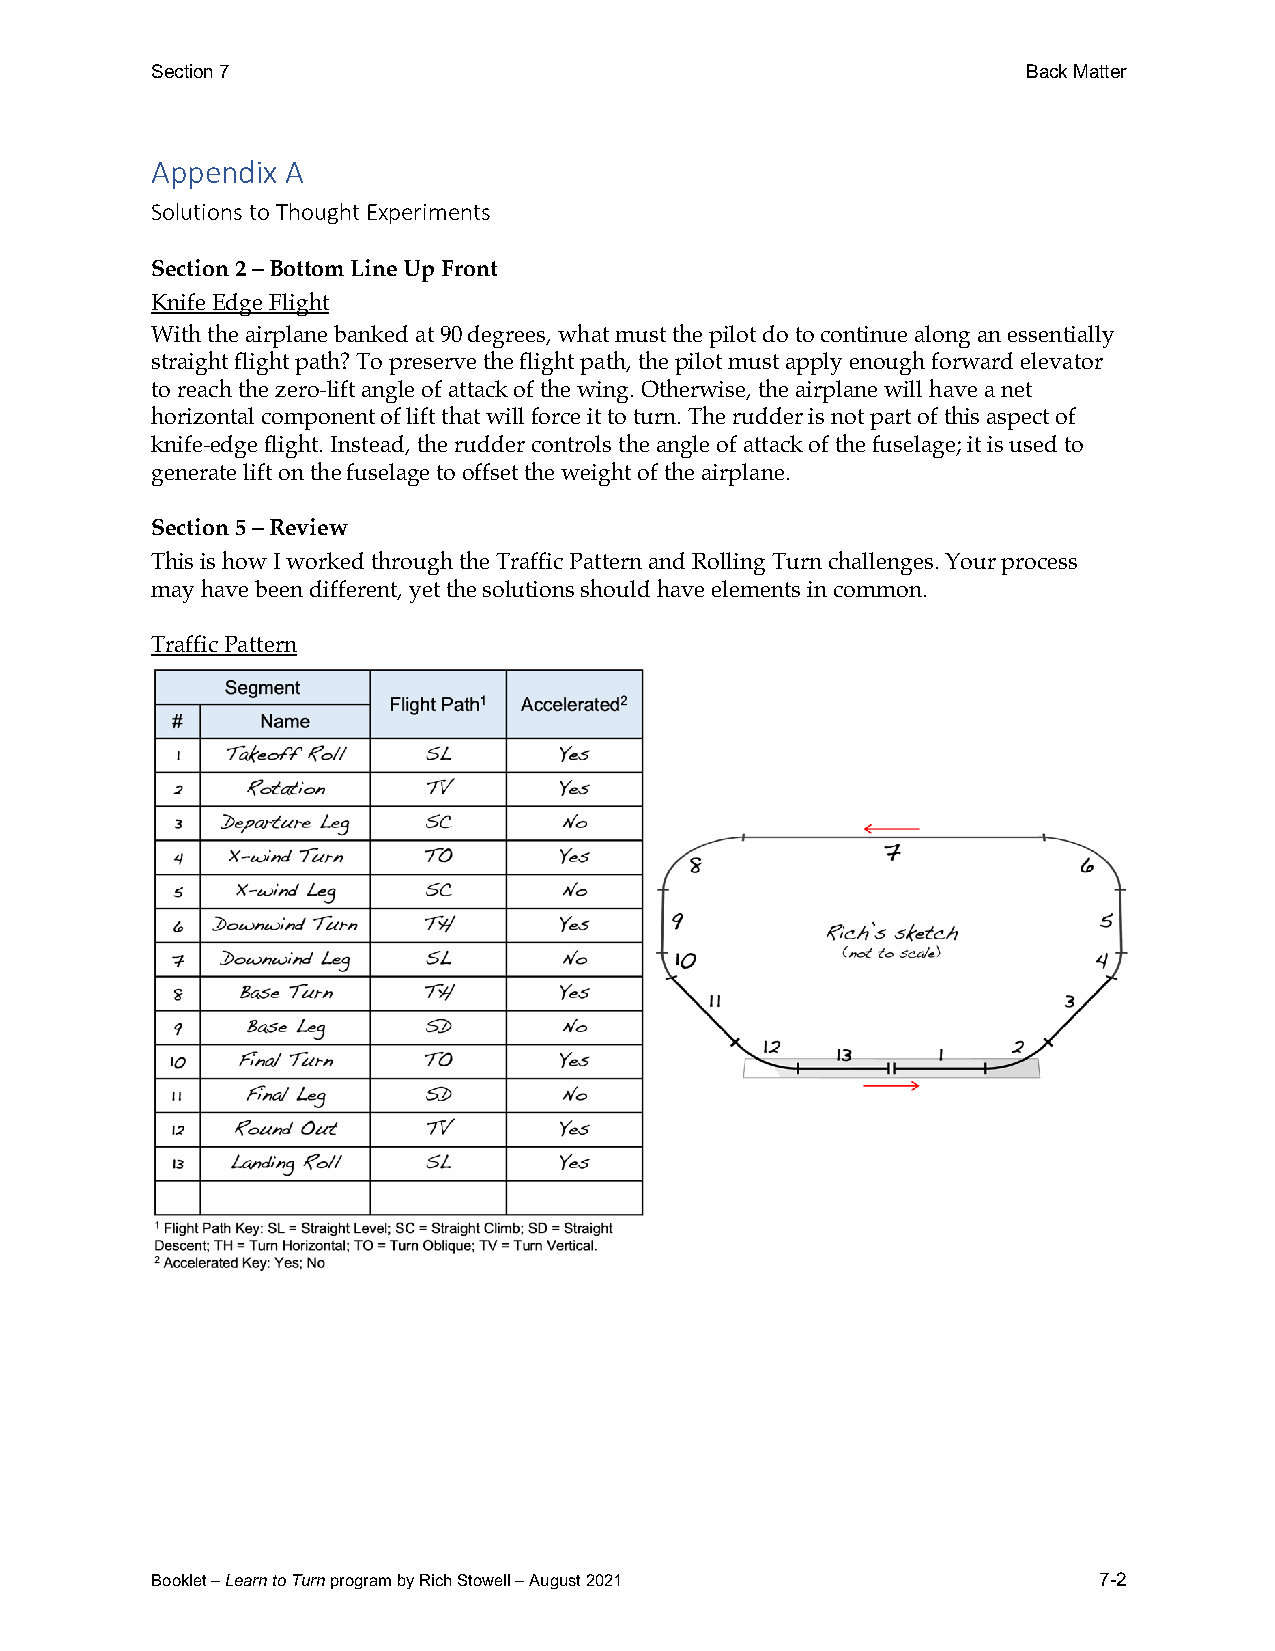
Section 7                                                 Back Matter
 Appendix A
 Solutions to Thought Experiments
 Section 2 – Bottom Line Up Front
 Knife Edge Flight
 With the airplane banked at 90 degrees, what must the pilot do to continue along an essentially
 straight flight path? To preserve the flight path, the pilot must apply enough forward elevator
 to reach the zero-lift angle of attack of the wing. Otherwise, the airplane will have a net
 horizontal component of lift that will force it to turn. The rudder is not part of this aspect of
 knife-edge flight. Instead, the rudder controls the angle of attack of the fuselage; it is used to
 generate lift on the fuselage to offset the weight of the airplane.
 Section 5 – Review
 This is how I worked through the Traffic Pattern and Rolling Turn challenges. Your process
 may have been different, yet the solutions should have elements in common.
 Traffic Pattern
 Booklet – Learn to Turn program by Rich Stowell – August 2021  7-2